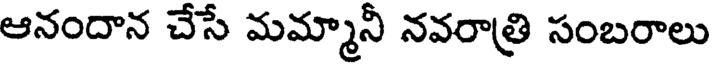
ఆనందాన చేసే మమ్మానీ నవరాత్రి సంబరాలు